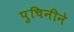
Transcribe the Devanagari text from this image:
पुचिनीने